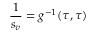
\frac 1 { s _ { v } } = g ^ { - 1 } ( \tau , \tau )